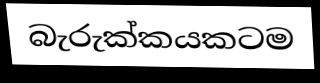
බැරුක්කයකටම